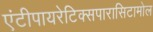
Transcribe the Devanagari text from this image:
एंटीपायरेटिक्सपारासिटामोल